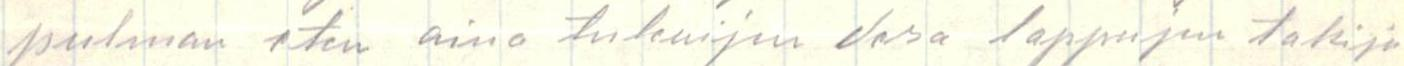
pulman eten aina tulevijen vero lappujen takija